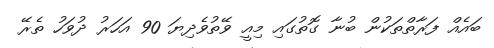
ބައެއް ފަރާތްތަކުން ބުނާ ގޮތުގައި މިއީ ވޭތުވެދިޔަ 90 އަހަރު ދުވަހު ތެރޭ